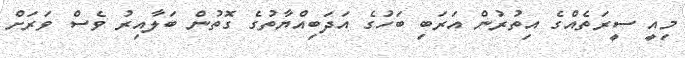
މިއީ ސީރަތެއްގެ އިތުރުން އަރަބި ބަހުގެ އަދަބިއްޔާތުގެ ގޮތުން ބަލާއިރު ވެސް ވަރަށް